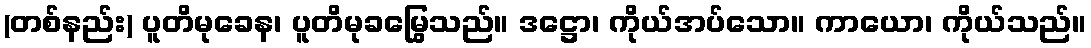
(တစ်နည်း) ပူတိမုခေန၊ ပူတိမုခမြွေသည်။ ဒဋ္ဌော၊ ကိုယ်အပ်သော။ ကာယော၊ ကိုယ်သည်။